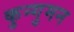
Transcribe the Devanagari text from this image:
कुन्गुमन